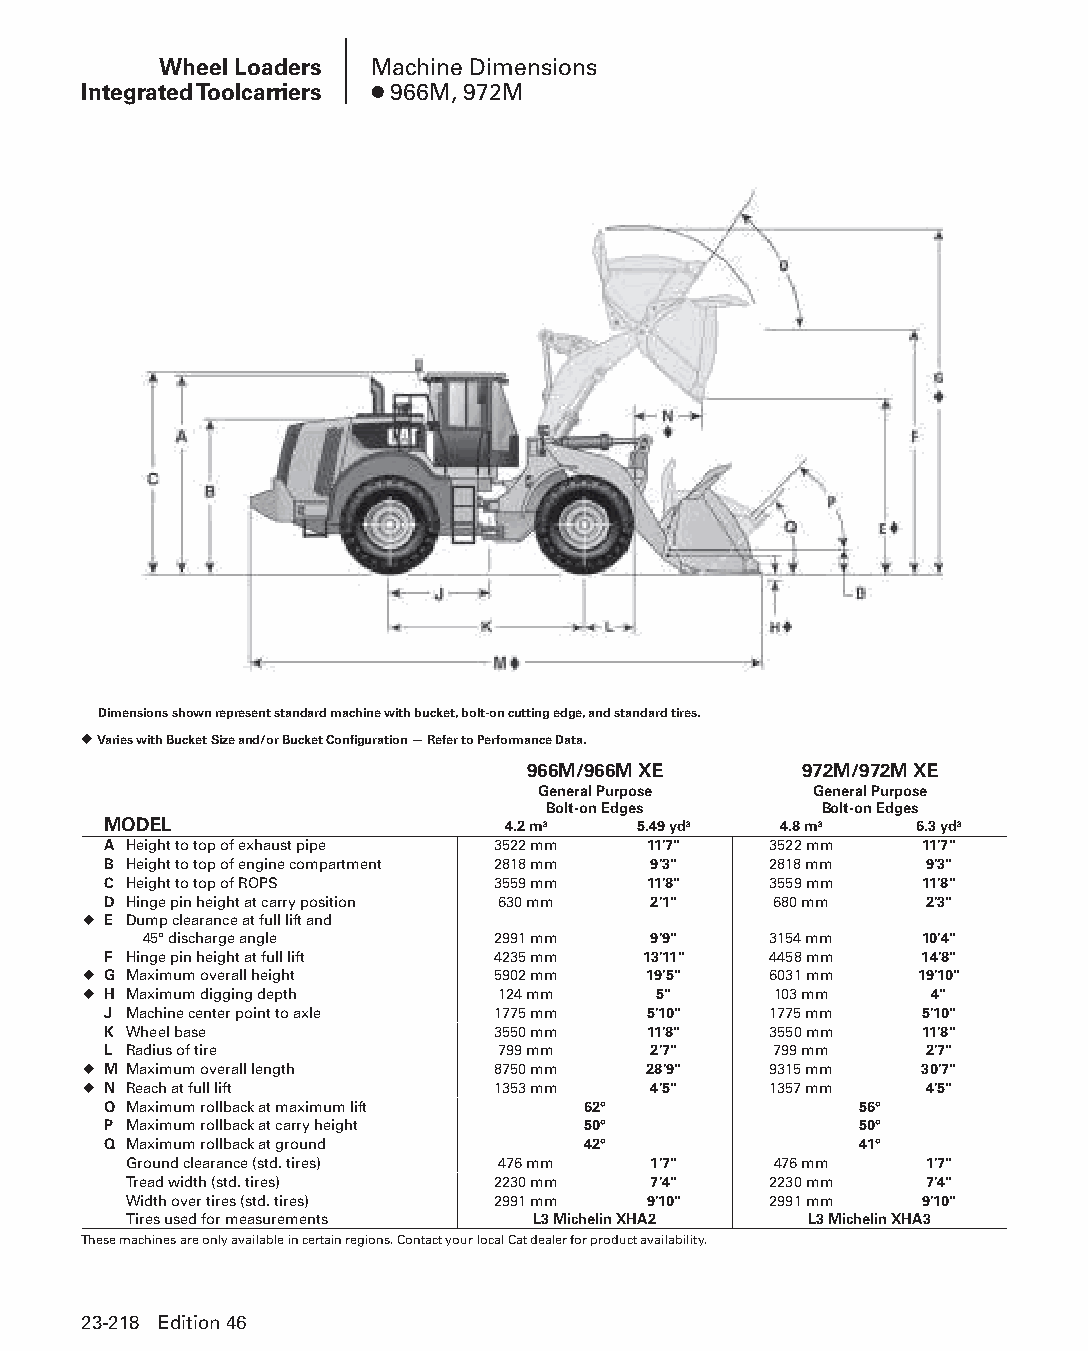
Wheel Loaders Machine Dimensions
 Integrated Toolcarriers ● 966M, 972M
 Dimensions shown represent standard machine with bucket, bolt-on cutting edge, and standard tires.
 ◆ Varies with Bucket Size and/or Bucket Configuration — Refer to Performance Data.
 966M/966M XE      972M/972M XE
 General Purpose   General Purpose
 Bolt-on Edges     Bolt-on Edges
 MODEL                      4.2 m3   5.49 yd3 4.8 m3   6.3 yd3
 A Height to top of exhaust pipe 3522 mm 11'7" 3522 mm 11'7"
 B Height to top of engine compartment 2818 mm 9'3" 2818 mm 9'3"
 C Height to top of ROPS   3559 mm   11'8"   3559 mm   11'8"
 D Hinge pin height at carry position 630 mm 2'1" 680 mm 2'3"
 ◆ E Dump clearance at full lift and
 45° discharge angle    2991 mm   9'9"    3154 mm   10'4"
 F Hinge pin height at full lift 4235 mm 13'11" 4458 mm 14'8"
 ◆ G Maximum overall height 5902 mm   19'5"   6031 mm   19'10"
 ◆ H Maximum digging depth  124 mm     5"      103 mm    4"
 J Machine center point to axle 1775 mm 5'10" 1775 mm  5'10"
 K Wheel base              3550 mm   11'8"   3550 mm   11'8"
 L Radius of tire          799 mm    2'7"     799 mm    2'7"
 ◆ M Maximum overall length 8750 mm   28'9"   9315 mm   30'7"
 ◆ N Reach at full lift     1353 mm   4'5"    1357 mm    4'5"
 O Maximum rollback at maximum lift 62°            56°
 P Maximum rollback at carry height 50°            50°
 Q Maximum rollback at ground    42°               41°
 Ground clearance (std. tires) 476 mm 1'7"  476 mm    1'7"
 Tread width (std. tires) 2230 mm  7'4"    2230 mm    7'4"
 Width over tires (std. tires) 2991 mm 9'10" 2991 mm 9'10"
 Tires used for measurements L3 Michelin XHA2 L3 Michelin XHA3
 These machines are only available in certain regions. Contact your local Cat dealer for product availability.
 23-218 Edition 46
 PPHHBB--SSeecc2233((ppgg220077--332244))..iinndddd 221188      1122//44//1155 22::1122 PPMM